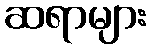
ဆရာများ